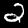
Label: 2